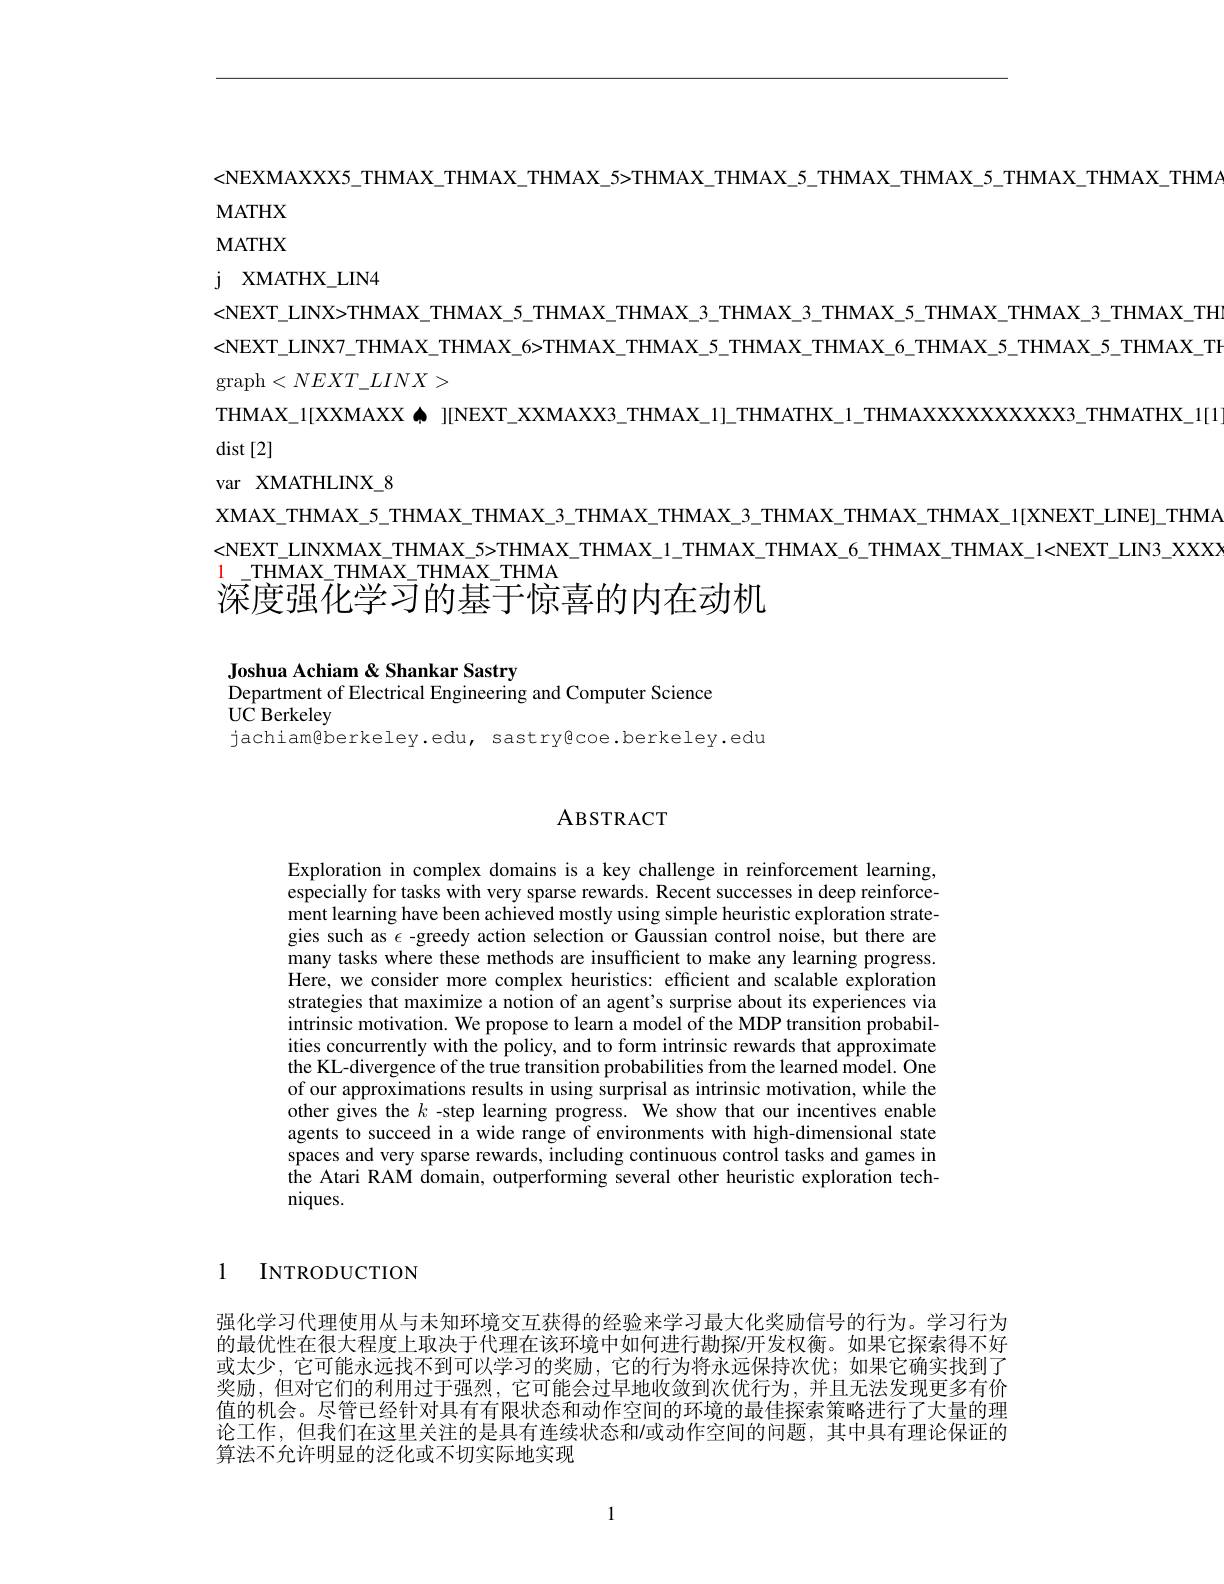
<NEXMAXXX5\_THMAX\_THMAX\_THMAX\_THMAX\_5>THMAX\_THMAX\_5\_THMAX\_THMAX\_THMAX\_THMA

MATHX

MATHX

$j$ $XMATHX\_ LIN4$
<NEXT\_LINX>THMAX\_THMAX\_5\_THMAX\_THMAX\_3\_THMAX\_3\_THMAX\_THMAX\_ 3\_THMAX\_TH <NEXT\_LINX7\_THMAX\_THMAX\_6>THMAX\_THMAX\_5\_THMAX\_THMAX\_6\_THMAX\_5\_THMAX\_TI $\operatorname{graph}<NEXT\_LINX>$
THMAX\_1[XXMAXX\_ I[NEXT\_XXMAXX3\_THMAX\_1]\_THMATHX\_1\_THMAXXXXXXXX3\_THMATHX\_1[1
$\det[2]$
var XMATHLINX\_8
XMAX\_THMAX\_5\_THMAX\_THMAX\_3\_THMAX\_THMAX\_ THMAX\_THMAX\_THMAX\_1[XNEXT\_LINE]\_THMA <NEXT\_LINXMAX\_THMAX\_5>THMAX\_THMAX\_1\_THMAX\_THMAX\_6\_THMAX\_THMAX\_1<NEXT\_LIN3\_XXXXX

$1_{-}\bar{\text{ТНМАХ}}_{-}$ТНМАХ\_ТНМАХ\_ТНМА
深度强化学习的基于惊喜的内在动机

Joshua Achiam & Shankar Sastry
Department of Electrical Engineering and Computer Science
$U\overset{\mathrm{c}}{\operatorname*{\operatorname*{C}}}$Berkeley
jachiam@berkeley.edu, sastry@coe.berkeley.edu

## ABSTRACT

Exploration in complex domains is a key challenge in reinforcement learning, especially for tasks with very sparse rewards. Recent successes in deep reinforcement learning have been achieved mostly using simple heuristic exploration strategies such as $\epsilon$ -greedy action selection or Gaussian control noise, but there are many tasks where these methods are insufficient to make any learning progress. Here, we consider more complex heuristics: efficient and scalable exploration strategies that maximize a notion of an agent's surprise about its experiences via intrinsic motivation. We propose to learn a model of the MDP transition probabilities concurrently with the policy, and to form intrinsic rewards that approximate the KL-divergence of the true transition probabilities from the learned model. One of our approximations results in using surprisal as intrinsic motivation, while the other gives the $k$ -step learning progress. We show that our incentives enable agents to succeed in a wide range of environments with high-dimensional state spaces and very sparse rewards, including continuous control tasks and games in the Atari RAM domain, outperforming several other heuristic exploration techniques.

1

INTRODUCTION

强化学习代理使用从与未知环境交互获得的经验来学习最大化奖励信号的行为。学习行为的最优性在很大程度上取决于代理在该环境中如何进行勘探/开发权衡。如果它探索得不好或太少，它可能永远找不到可以学习的奖励，它的行为将永远保持次优；如果它确实找到了奖励，但对它们的利用过于强烈，它可能会过早地收敛到次优行为，并且无法发现更多有价值的机会。尽管已经针对具有有限状态和动作空间的环境的最佳探索策略进行了大量的理论工作，但我们在这里关注的是具有连续状态和/或动作空间的问题，其中具有理论保证的算法不允许明显的泛化或不切实际地实现

1